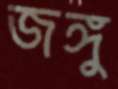
জঙ্গু